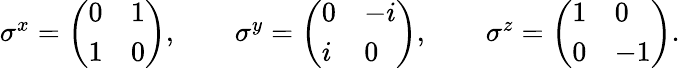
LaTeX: \begin{array}{r}{\sigma^{x}=\left(\begin{array}{ll}{0}&{1}\\ {1}&{0}\end{array}\right),\qquad\sigma^{y}=\left(\begin{array}{ll}{0}&{-i}\\ {i}&{0}\end{array}\right),\qquad\sigma^{z}=\left(\begin{array}{ll}{1}&{0}\\ {0}&{-1}\end{array}\right).}\end{array}